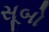
સૂબો